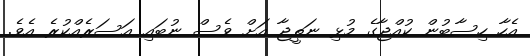
އެހާ ހިސާބުން ކުއްޖާގެ މުޅި ނަތީޖާ އަށް ވެސް ނުބައި އަސަރެއްކުރެ އެވެ.